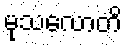
မုသလောတိ